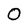
Character: 0